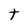
Character: t